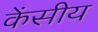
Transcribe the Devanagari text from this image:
केंसीय